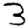
Digit: 3